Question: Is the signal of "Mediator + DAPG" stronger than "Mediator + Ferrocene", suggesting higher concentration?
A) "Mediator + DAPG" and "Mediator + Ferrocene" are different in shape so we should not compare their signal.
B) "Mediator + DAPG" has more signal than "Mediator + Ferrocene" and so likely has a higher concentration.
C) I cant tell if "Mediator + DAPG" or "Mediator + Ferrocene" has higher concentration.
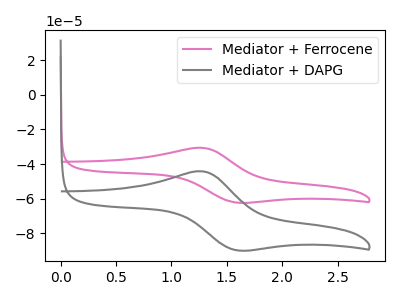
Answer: <think>The pink curve "Mediator + Ferrocene" has an anodic peak at (1.30V, -30.60uA) and a cathodic peak at (1.60V, -62.20uA). The gray curve "Mediator + DAPG" has an anodic peak at (1.30V, -44.15uA) and a cathodic peak at (1.60V, -89.70uA).
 All the peaks in "Mediator + DAPG" have a peak in "Mediator + Ferrocene" at the same potential.</think>
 <answer>C) I cant tell if "Mediator + DAPG" or "Mediator + Ferrocene" has higher concentration.</answer>
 <eval>C</eval>